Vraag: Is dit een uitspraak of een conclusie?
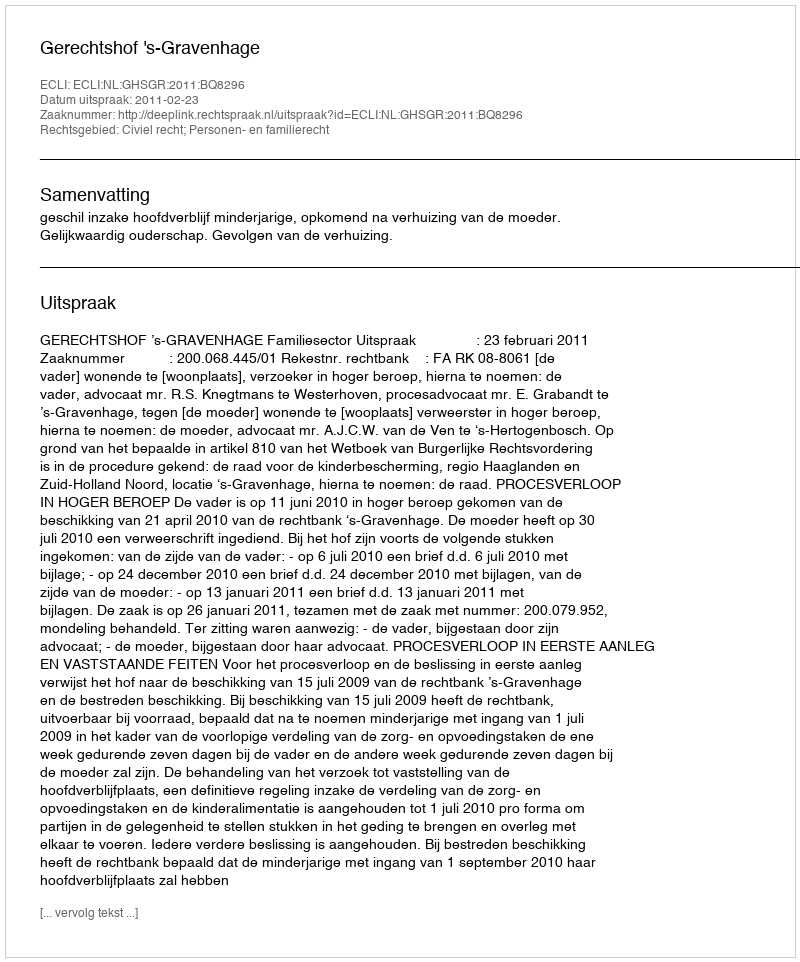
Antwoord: Uitspraak